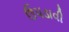
ઉપડાવી